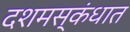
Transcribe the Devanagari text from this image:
दशमस्कंधात